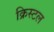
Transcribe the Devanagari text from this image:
क्रिस्‍टल